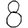
Digit: 8